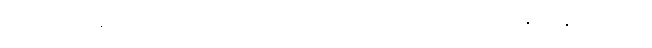
၆-ပါ-၃၈၉၊ အရတိ ဝိတိံသ အဓမ္မစရိယာသုံးပါးကို ပယ်နိုင်ရန် မုဒိတာ